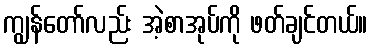
ကျွန်တော်လည်း အဲ့စာအုပ်ကို ဖတ်ချင်တယ်။